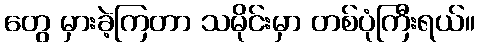
တွေ မှားခဲ့ကြတာ သမိုင်းမှာ တစ်ပုံကြီးရယ်။